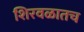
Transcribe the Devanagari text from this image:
शिरवळातच